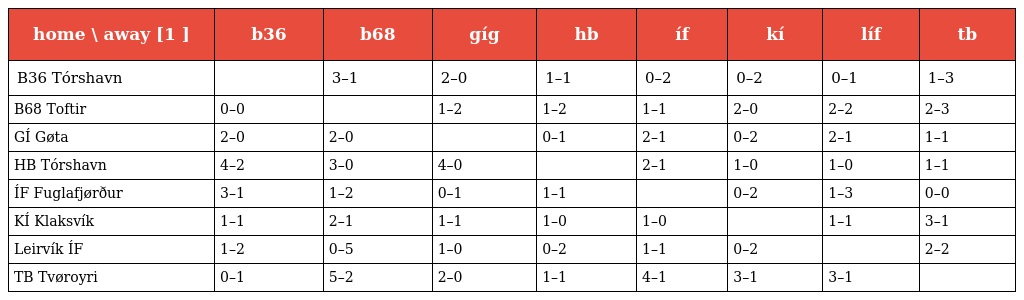
| home \ away [1 ] | b36 | b68 | gíg | hb | íf | kí | líf | tb |
 | --- | --- | --- | --- | --- | --- | --- | --- | --- |
 | B36 Tórshavn |  | 3–1 | 2–0 | 1–1 | 0–2 | 0–2 | 0–1 | 1–3 |
 | B68 Toftir | 0–0 |  | 1–2 | 1–2 | 1–1 | 2–0 | 2–2 | 2–3 |
 | GÍ Gøta | 2–0 | 2–0 |  | 0–1 | 2–1 | 0–2 | 2–1 | 1–1 |
 | HB Tórshavn | 4–2 | 3–0 | 4–0 |  | 2–1 | 1–0 | 1–0 | 1–1 |
 | ÍF Fuglafjørður | 3–1 | 1–2 | 0–1 | 1–1 |  | 0–2 | 1–3 | 0–0 |
 | KÍ Klaksvík | 1–1 | 2–1 | 1–1 | 1–0 | 1–0 |  | 1–1 | 3–1 |
 | Leirvík ÍF | 1–2 | 0–5 | 1–0 | 0–2 | 1–1 | 0–2 |  | 2–2 |
 | TB Tvøroyri | 0–1 | 5–2 | 2–0 | 1–1 | 4–1 | 3–1 | 3–1 |  |